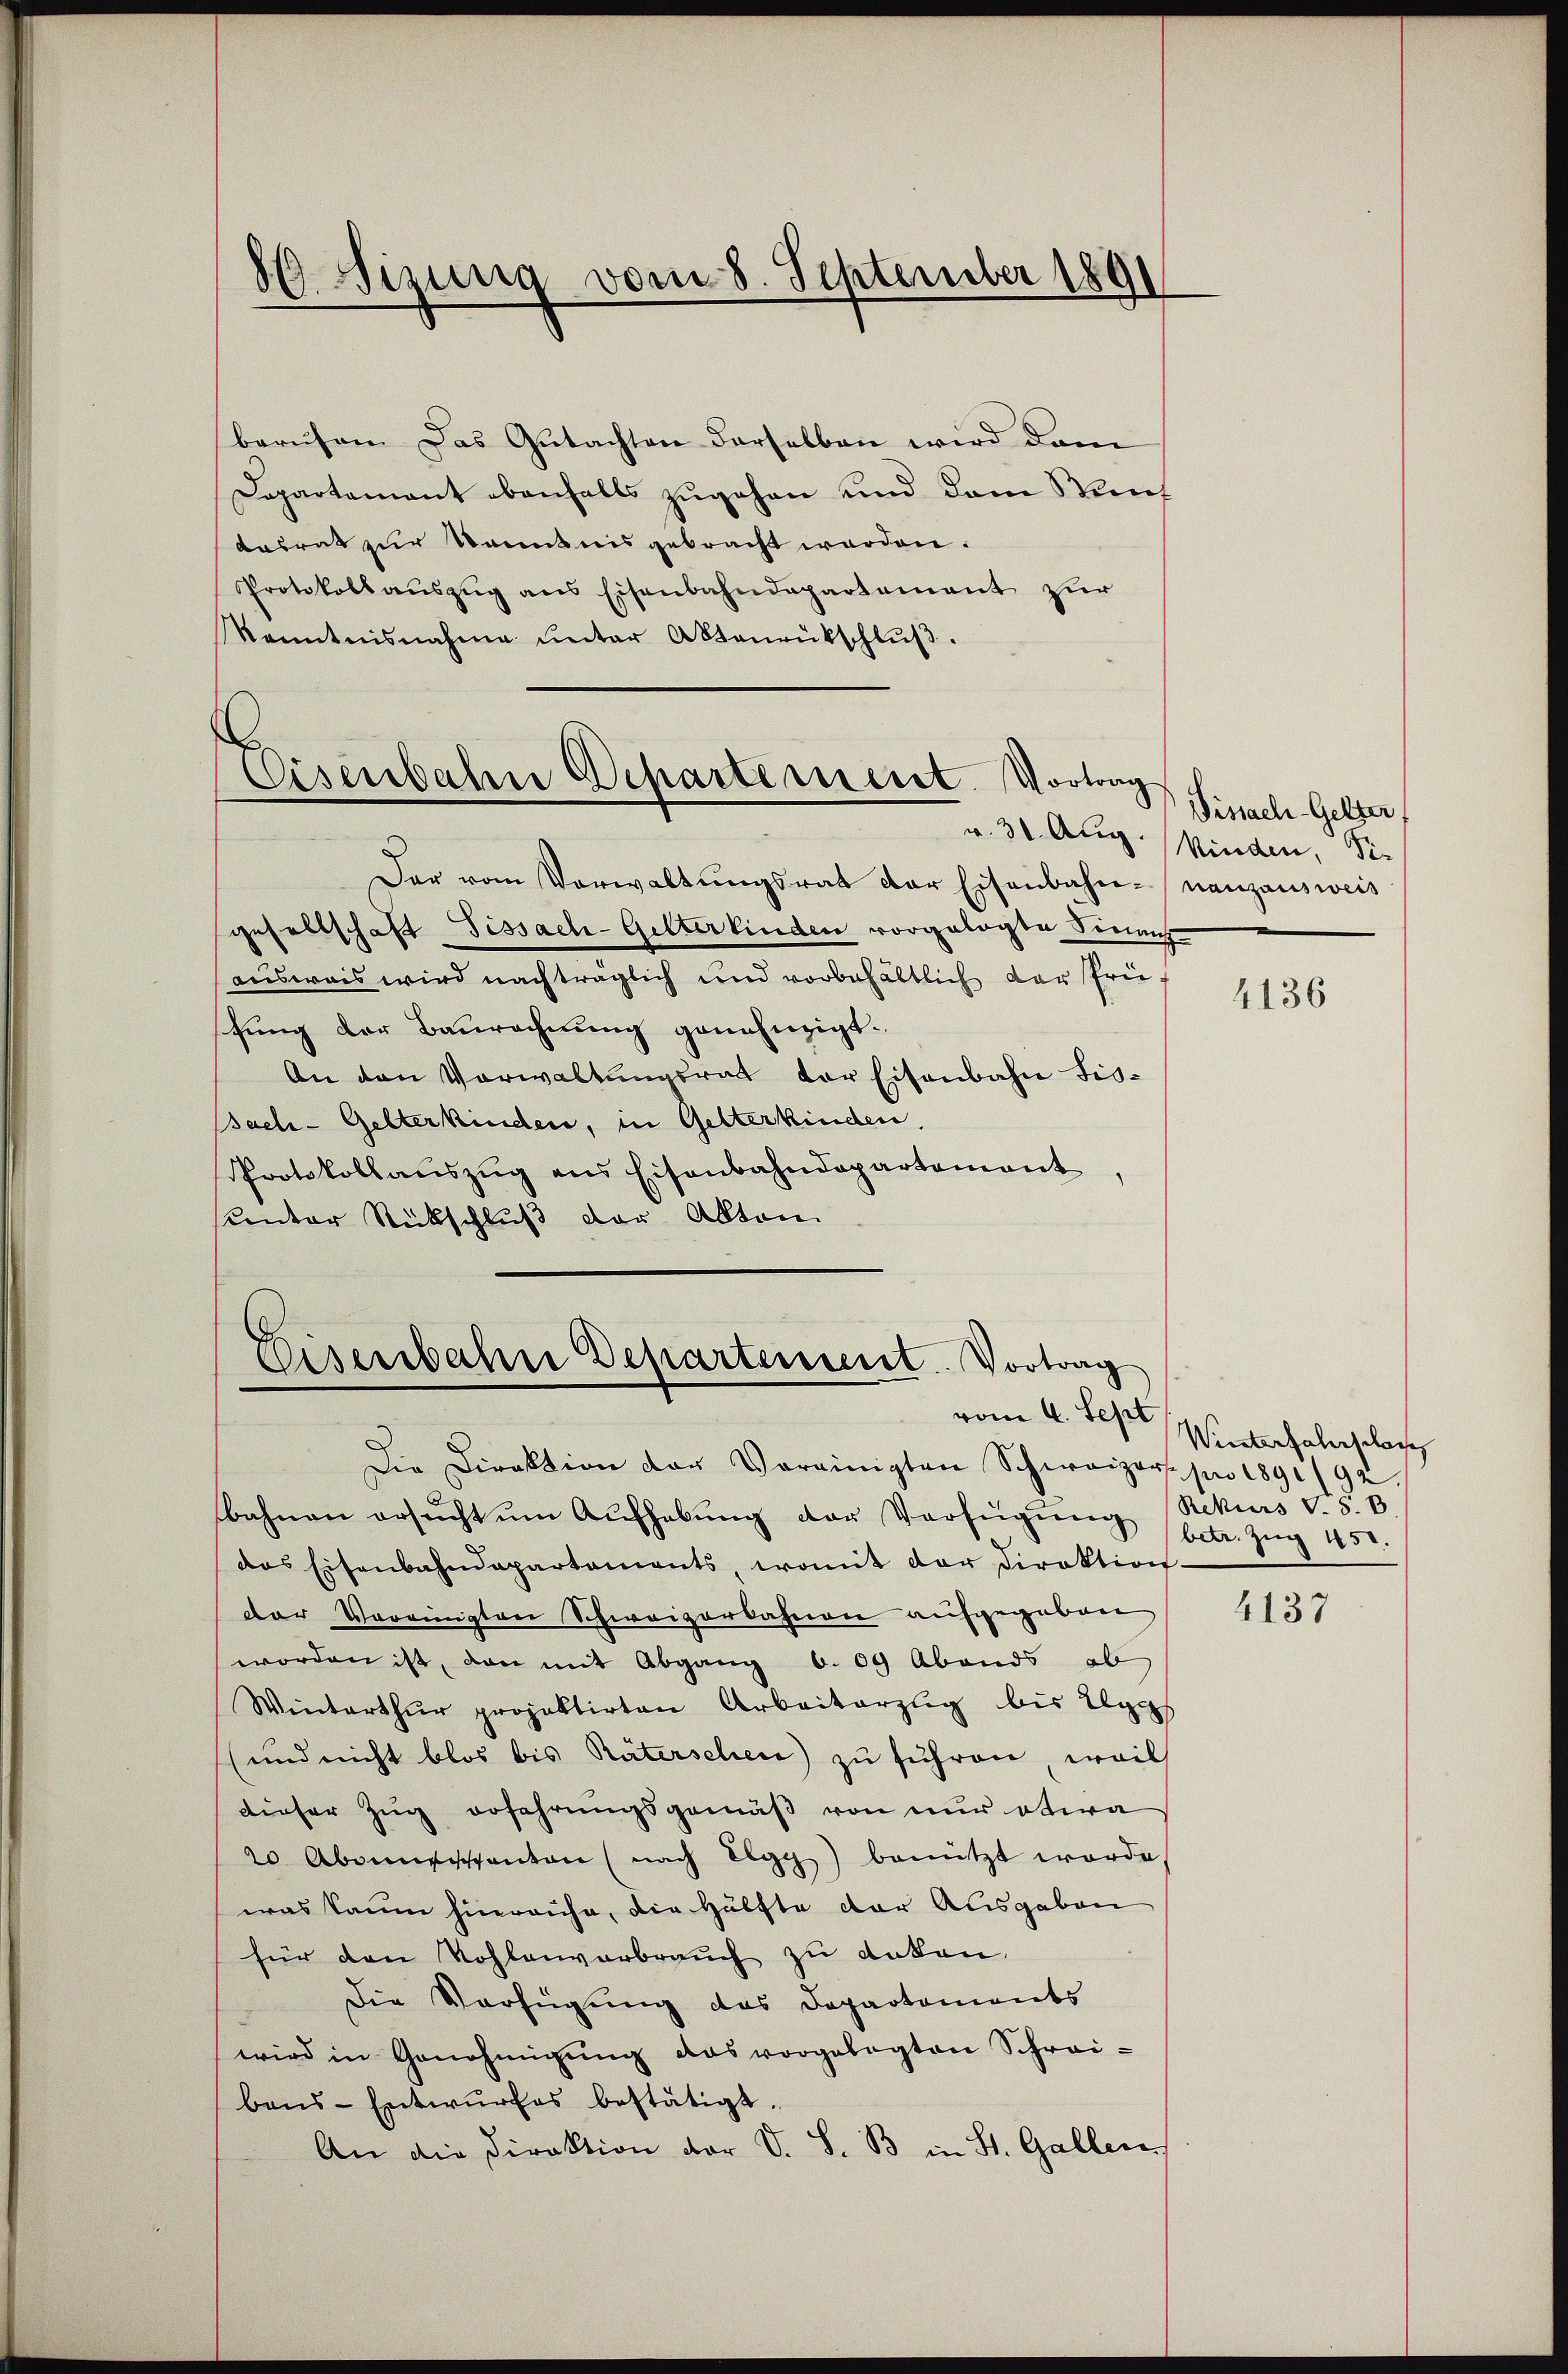
86 izung vom 8. September 1891

beruhen Das Gutachten derselben wird dem
Dapartamant ebenfalls zugehen und dem Stundesrat zur Kenntnis gebracht werden.
Protokoll aŭszŭg ans Eisenbahndepartement zŭr
kanntnisnahme unter Aktenrückschlŭβ.

Eisenbahn Departement. Vortrag

Der vom Verwaltŭngsrat der Eisenbahn-nanzausweis
gesellschaft Fissach-Gitterkinden vorgelegte Finanz-
ausweis wird nachträglich und vorbehältlich der freifung der Baurechnung genehmigt.
An den Vorwaltungsrat der Eisenbahn fis¬
Bach- Gelterkinden, in Gelterkinden,
Protokollaŭszŭg ans Eisenbahndepartement
sunter Rückschluß der Alten

Eisenbahne Departement. Vortrag
vom 4. Sept

Die Direktion der Vereinigten Schweizer. pro 1891/92.
bahnen ersŭcht ŭm Aŭfhabŭng der Verfügŭng (Rekurs V. S. B
das Eisenbahndepartements, womit der Direktion
der Vereinigten Schweizerbahnen aufgegeben
worden ist, den mit Abgang 6. 09 Abends ob
Winterthŭr projektirten Arbeiterzug bis Elgg
und nicht blos bis Räterschen zu führen, weil
dieser Zug erfahrungsgemäß von nur etwa
20 Abonnstanton (nach Elgg benützt worde
was kaum hinrauhe, die Hälfte der Ausgaben
für den Wohlenverbrauch zu anten.
Die Verfügung des Departements
wird in Genehmigŭng das vorgelegten Schreibens-Entwurfes bestätigt.
An die Direktion der V. S. B. in St. Gallen,

Vissach-Gelter
v. 30. Aug. Minden, Sie

4136

Winterfahrschaf
betr. Zug 450.

4137